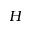
H